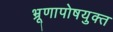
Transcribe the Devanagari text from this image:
भ्रूणापोषयुक्त